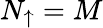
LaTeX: N_{\mathord{\uparrow}}=M